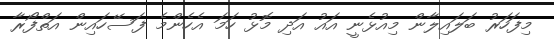
މިފަހަރު ބަލައިލާން މިއުޅެނީ އައު އަދި މޮޅު ހަމަ އެހެންމެ ފަސޭހައިން އަތްފޯރާ